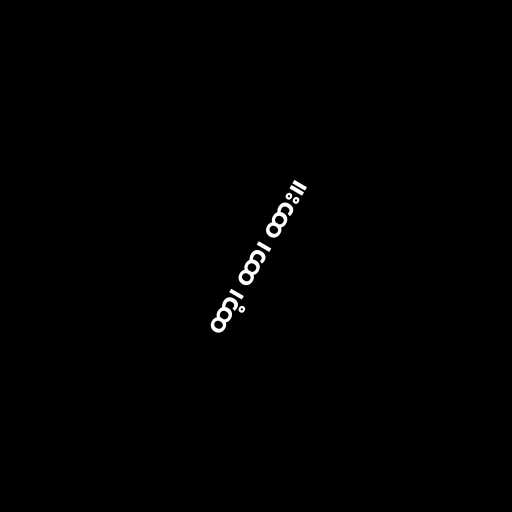
ထာ့၊ ထာ၊ ထား။